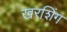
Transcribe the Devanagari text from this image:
खरशिंग